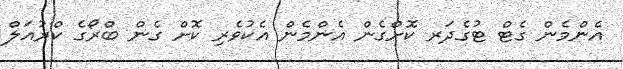
އެންމެން ގެޓް ޓުގެދަރ ކޮށްގެން އެންމެން އެކުވެރި ކޮށް ގެން ބްރޯގެ ކްރުއަލް